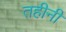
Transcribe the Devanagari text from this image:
तहीनी